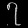
Digit: ၇